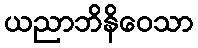
ယညာဘိနိဝေသာ